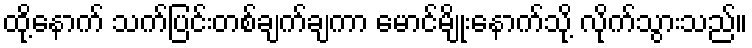
ထို့နောက် သက်ပြင်းတစ်ချက်ချကာ မောင်မျိုးနောက်သို့ လိုက်သွားသည်။